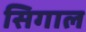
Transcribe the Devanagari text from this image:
सिगाल